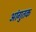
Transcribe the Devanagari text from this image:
आंगुतक